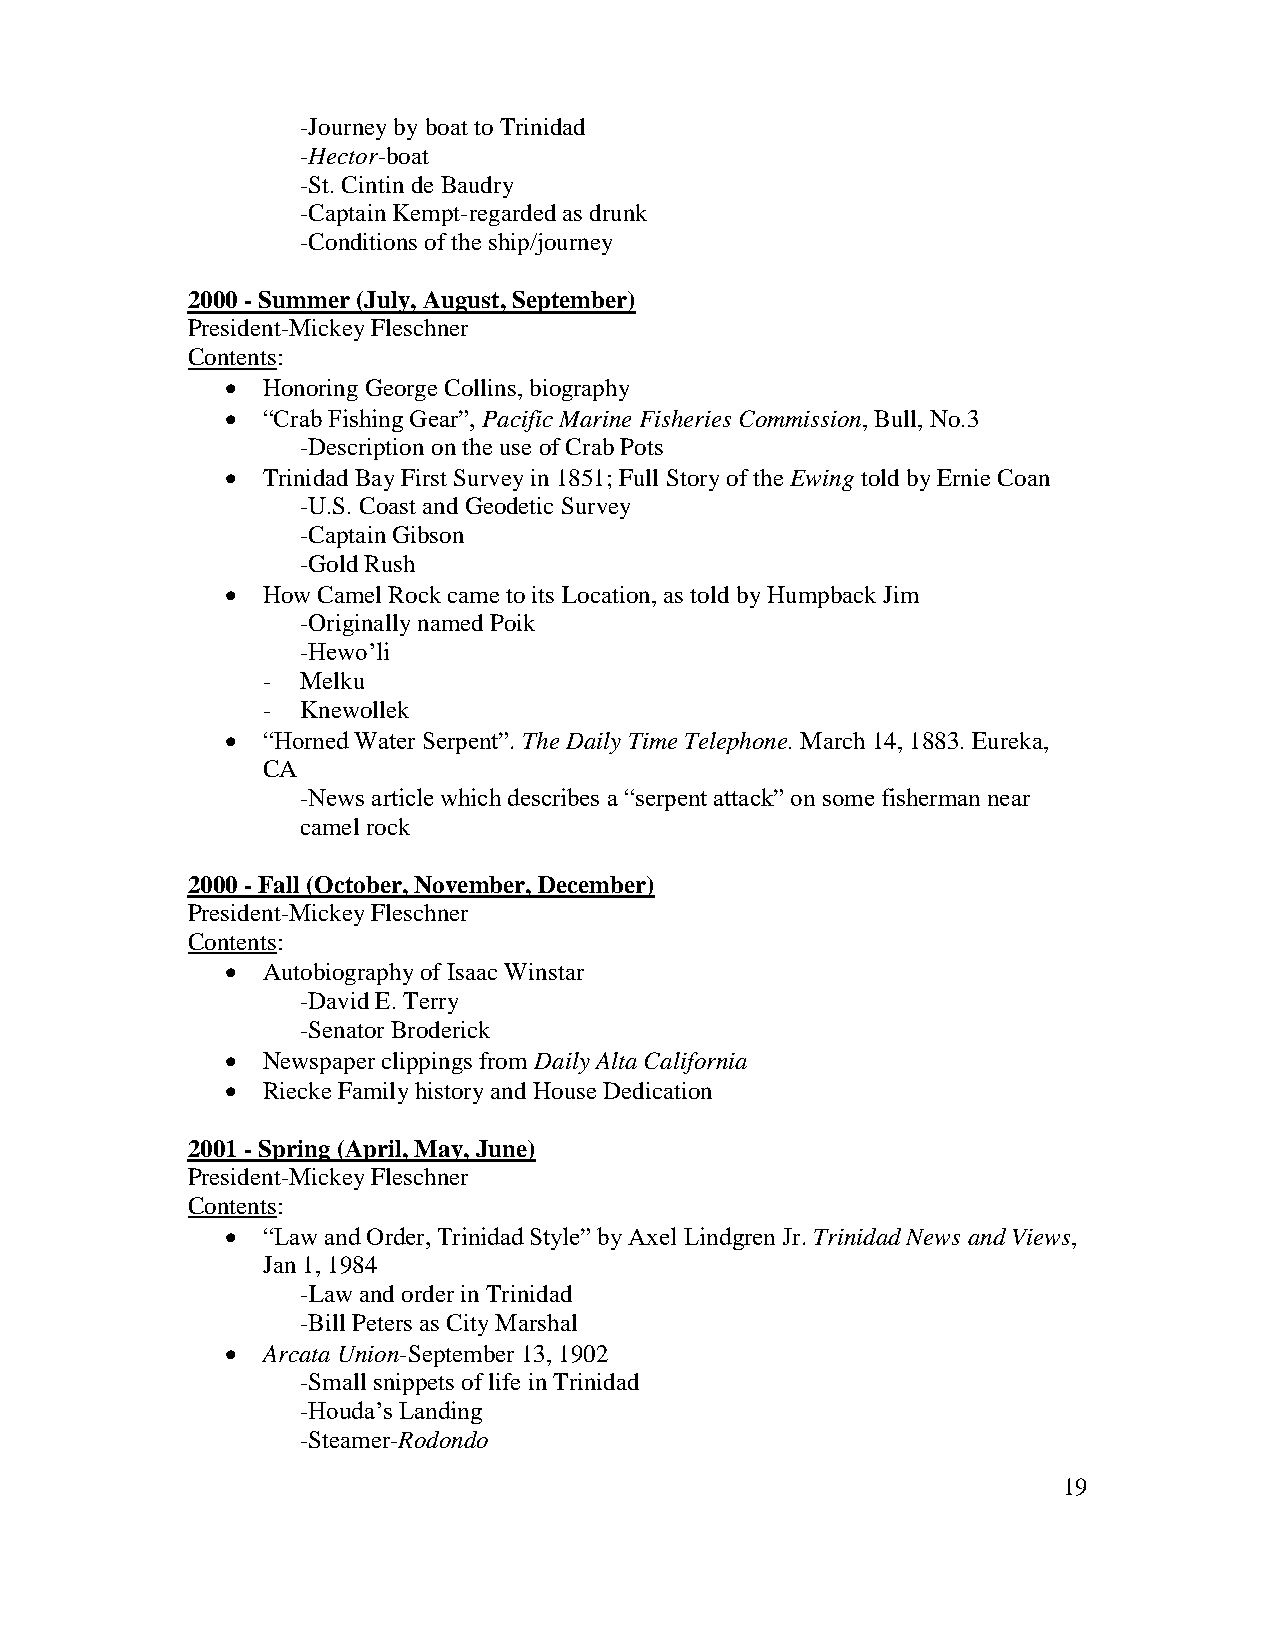
-Journey by boat to Trinidad
 -Hector-boat
 -St. Cintin de Baudry
 -Captain Kempt-regarded as drunk
 -Conditions of the ship/journey
 2000 - Summer (July, August, September)
 President-Mickey Fleschner
 Contents:
  Honoring George Collins, biography
  “Crab Fishing Gear”, Pacific Marine Fisheries Commission, Bull, No.3
 -Description on the use of Crab Pots
  Trinidad Bay First Survey in 1851; Full Story of the Ewing told by Ernie Coan
 -U.S. Coast and Geodetic Survey
 -Captain Gibson
 -Gold Rush
  How Camel Rock came to its Location, as told by Humpback Jim
 -Originally named Poik
 -Hewo’li
 -  Melku
 -  Knewollek
  “Horned Water Serpent”. The Daily Time Telephone. March 14, 1883. Eureka,
 CA
 -News article which describes a “serpent attack” on some fisherman near
 camel rock
 2000 - Fall (October, November, December)
 President-Mickey Fleschner
 Contents:
  Autobiography of Isaac Winstar
 -David E. Terry
 -Senator Broderick
  Newspaper clippings from Daily Alta California
  Riecke Family history and House Dedication
 2001 - Spring (April, May, June)
 President-Mickey Fleschner
 Contents:
  “Law and Order, Trinidad Style” by Axel Lindgren Jr. Trinidad News and Views,
 Jan 1, 1984
 -Law and order in Trinidad
 -Bill Peters as City Marshal
  Arcata Union-September 13, 1902
 -Small snippets of life in Trinidad
 -Houda’s Landing
 -Steamer-Rodondo
 19